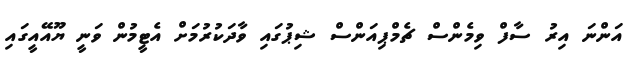
އަންނަ އިރު ސާފް ވިމެންސް ޗެމްޕިއަންސް ޝިޕުގައި ވާދަކުރުމަށް އެޓީމުން ވަނީ ޔޫއޭއީގައި